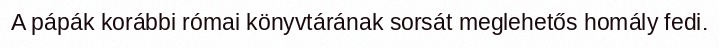
A pápák korábbi római könyvtárának sorsát meglehetős homály fedi.